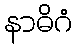
နာဓိဂံ